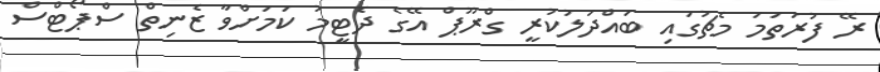
ރޭ ފުރަތަމަ މެޗުގައި ބައްދަލުކުރީ ގްރޫޕް އޭގެ ދެޓީމު ކަމަށްވާ ޒެނިތް ސްޕޯޓްސް